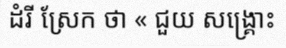
ដំរី ស្រែក ថា « ជួយ សង្គ្រោះ